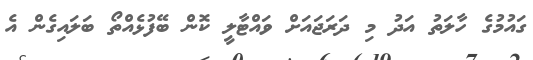
ގައުމުގެ ހާލަތު އަދު މި ދަރަޖައަށް ވައްޓާލީ ކޮން ބޭފުޅެއްތޯ ބަލައިގެން އެ